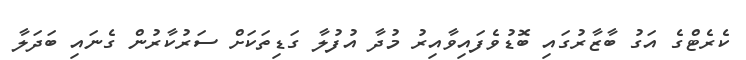
ކެރެޓްގެ އަގު ބާޒާރުގައި ބޮޑުވެފައިވާއިރު މުދާ އުފުލާ ގަޑިތަކަށް ސަރުކާރުން ގެނައި ބަދަލާ